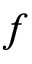
f